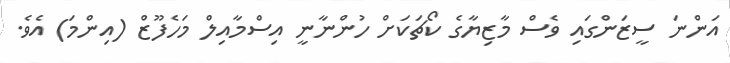
އަންނަ ސީޒަންގައި ވެސް މާޒިޔާގެ ކޯޗަކަށް ހުންނާނީ އިސްމާއިލް މަހެފޫޒް (އިންމަ) އެވެ.